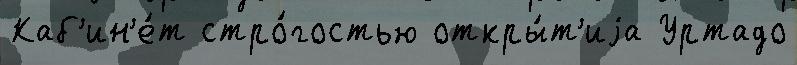
Каб'ин'е́т стро́гостью откры́т'иjа Уртадо